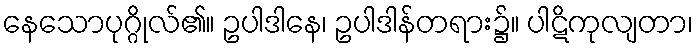
နေသောပုဂ္ဂိုလ်၏။ ဥပါဒါနေ၊ ဥပါဒါန်တရား၌။ ပါဋိကုလျတာ၊